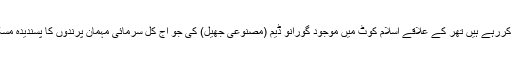
ہم بات کررہے ہیں تھر کے علاقے اسلام کوٹ میں موجود گورانو ڈیم (مصنوعی جھیل) کی جو آج کل سرمائی مہمان پرندوں کا پسندیدہ مسکن ہے۔